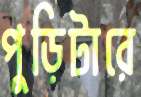
পুড়িটারে